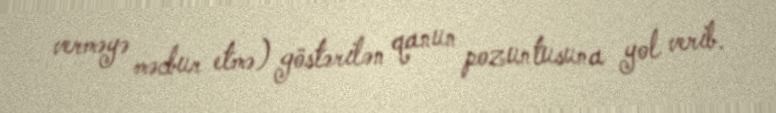
verməyə məcbur etmə) göstərilən qanun pozuntusuna yol verib.